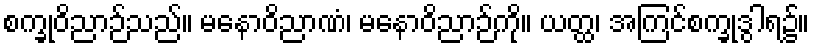
စက္ခုဝိညာဉ်သည်။ မနောဝိညာဏံ၊ မနောဝိညာဉ်ကို။ ယတ္ထ၊ အကြင်စက္ခုဒွါရ၌။